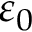
\varepsilon _ { 0 }